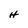
Character: H